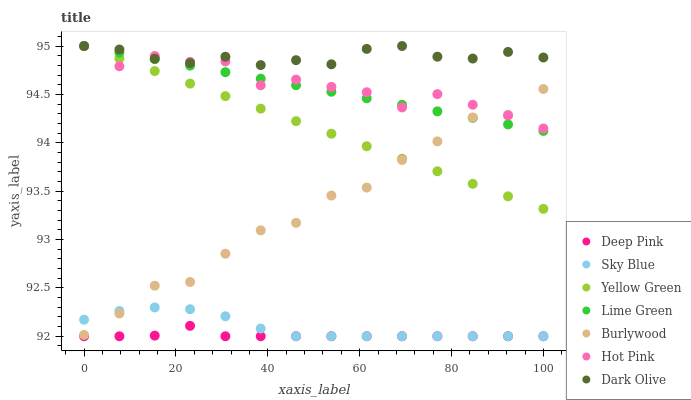
| xaxis_label | Deep Pink | Sky Blue | Yellow Green | Lime Green | Burlywood | Hot Pink | Dark Olive |
 | --- | --- | --- | --- | --- | --- | --- | --- |
 | 0 | 92 | 92.2 | 95 | 95 | 92 | 95 | 95 |
 | 7.69 | 92 | 92.3 | 94.9 | 94.9 | 92.2 | 94.8 | 95 |
 | 15.4 | 92 | 92.3 | 94.7 | 94.9 | 92.5 | 94.9 | 94.9 |
 | 23.1 | 92.1 | 92.3 | 94.6 | 94.8 | 92.6 | 94.8 | 94.8 |
 | 30.8 | 92 | 92.2 | 94.5 | 94.7 | 92.9 | 94.8 | 94.9 |
 | 38.5 | 92 | 92.1 | 94.4 | 94.7 | 93.1 | 94.6 | 94.8 |
 | 46.2 | 92 | 92 | 94.2 | 94.6 | 93.2 | 94.7 | 94.9 |
 | 53.8 | 92 | 92 | 94.1 | 94.5 | 93.5 | 94.6 | 94.8 |
 | 61.5 | 92 | 92 | 94 | 94.5 | 93.5 | 94.5 | 95 |
 | 69.2 | 92 | 92 | 93.8 | 94.4 | 93.8 | 94.4 | 95 |
 | 76.9 | 92 | 92 | 93.7 | 94.3 | 94 | 94.5 | 94.9 |
 | 84.6 | 92 | 92 | 93.6 | 94.3 | 94.3 | 94.4 | 94.9 |
 | 92.3 | 92 | 92 | 93.4 | 94.2 | 94.3 | 94.3 | 94.9 |
 | 100 | 92 | 92 | 93.3 | 94.1 | 94.6 | 94.1 | 94.9 |